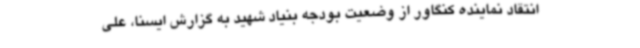
انتقاد نماینده کنگاور از وضعیت بودجه بنیاد شهید به گزارش ایسنا، علی